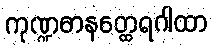
ကုဏ္ဍဓာနတ္ထေရဂါထာ